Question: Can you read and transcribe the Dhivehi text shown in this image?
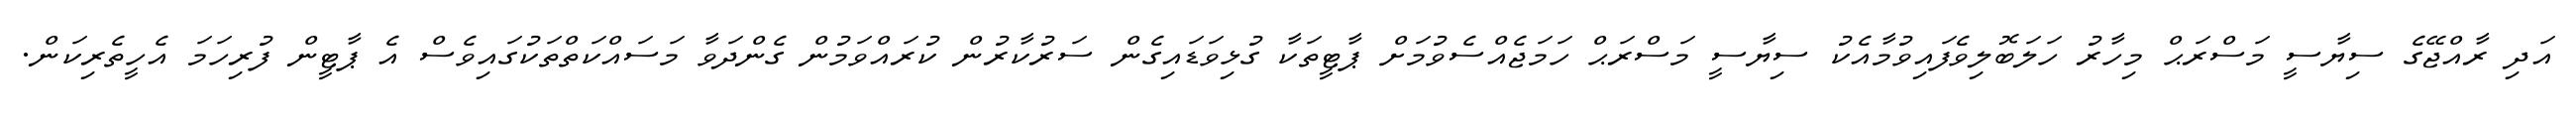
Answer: އަދި ރާއްޖޭގެ ސިޔާސީ މަސްރަޙް މިހާރު ހަލަބޮލިވެފައިވުމާއެކު ސިޔާސީ މަސްރަޙް ހަމަޖެއްސެވުމަށް ޕާޓީތަކާ ގުޅިވަޑައިގެން ސަރުކާރުން ކުރައްވަމުން ގެންދަވާ މަސައްކަތްތަކުގައިވެސް އެ ޕާޓީން ފުރިހަމަ އެހީތެރިކަން.